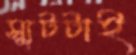
স্যুটটাই